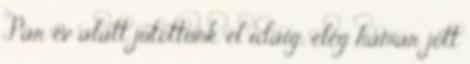
Pár év alatt jutottunk el idáig; elég hamar jött